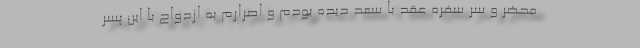
محضر و سر سفره عقد با سعد دیده بودم و اصرارم به ازدواج با این پسر